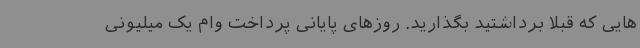
هایی که قبلا برداشتید بگذارید. روزهای پایانی پرداخت وام یک میلیونی